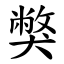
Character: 獘